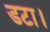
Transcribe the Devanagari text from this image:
डटा।